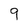
Character: 9